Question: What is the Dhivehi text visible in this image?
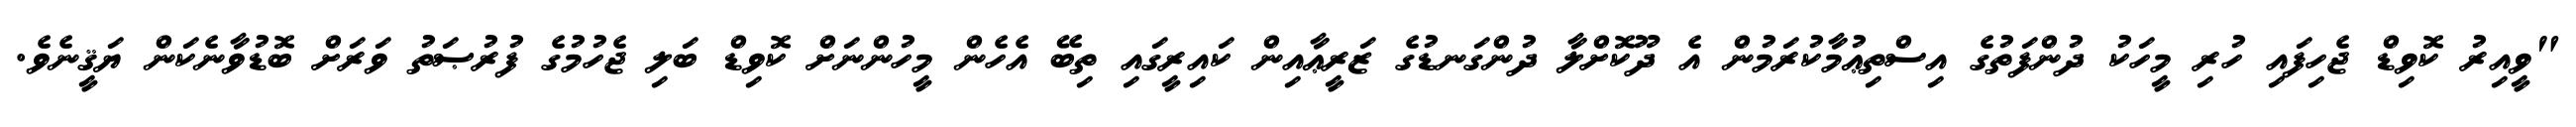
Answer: "ވީއިރު ކޮވިޑް ޖެހިފައި ހުރި މީހަކު ދުންފަތުގެ އިސްތިޢުމާކުރަމުން އެ ދޫކޮށްލާ ދުންގަނޑުގެ ޒަރީޢާއިން ކައިރީގައި ތިބޭ އެހެން މީހުންނަށް ކޮވިޑް ބަލި ޖެހުމުގެ ފުރުޞަތު ވަރަށް ބޮޑުވާނެކަން ޔަޤީނެވެ.